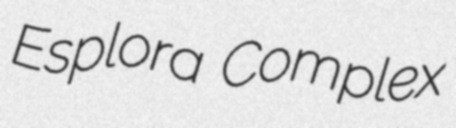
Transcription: Esplora Complex